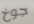
جوخ